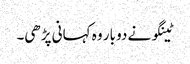
ٹینگو نے دو بار وہ کہانی پڑھی۔